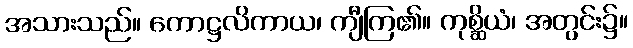
အသားသည်။ ကောဋ္ဌလိကာယ၊ ကျီကြ၏။ ကုစ္ဆိယံ၊ အတွင်း၌။